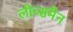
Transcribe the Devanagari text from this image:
लीब्समैन